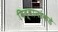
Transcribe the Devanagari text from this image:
विद्वानांकडे